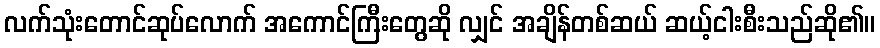
လက်သုံးတောင်ဆုပ်လောက် အကောင်ကြီးတွေဆို လျှင် အချိန်တစ်ဆယ် ဆယ့်ငါးစီးသည်ဆို၏။